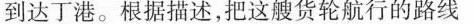
到达丁港。根据描述，把这艘货轮航行的路线